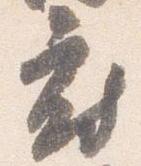
府